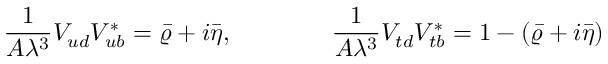
\frac { 1 } { A \lambda ^ { 3 } } V _ { u d } ^ { } V _ { u b } ^ { * } = \bar { \varrho } + i \bar { \eta } , \qquad \qquad \frac { 1 } { A \lambda ^ { 3 } } V _ { t d } ^ { } V _ { t b } ^ { * } = 1 - ( \bar { \varrho } + i \bar { \eta } )